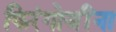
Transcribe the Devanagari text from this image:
फिरंगोजींना